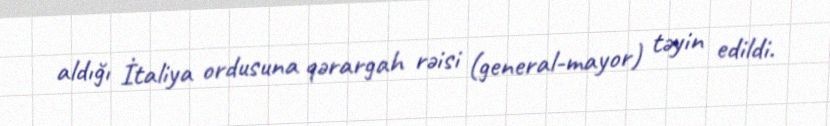
aldığı İtaliya ordusuna qərargah rəisi (general-mayor) təyin edildi.